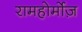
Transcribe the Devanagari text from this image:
रामहोर्मोज़